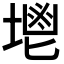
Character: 𡏓